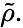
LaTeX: {\tilde{\rho}}.